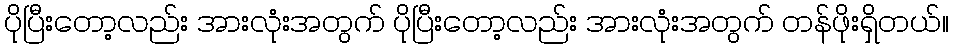
ပိုပြီးတော့လည်း အားလုံးအတွက် ပိုပြီးတော့လည်း အားလုံးအတွက် တန်ဖိုးရှိတယ်။